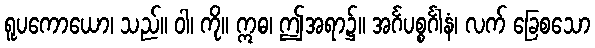
ရူပကောယော၊ သည်။ ဝါ၊ ကို။ ဣဓ၊ ဤအရာ၌။ အင်္ဂပစ္စင်္ဂါနံ၊ လက် ခြေစသော